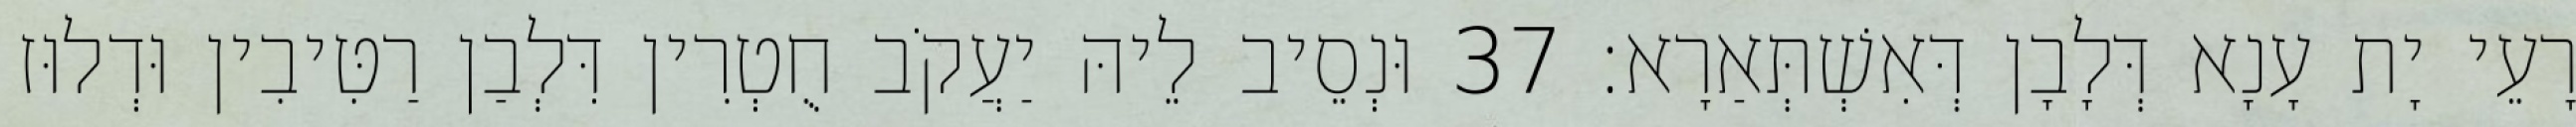
רָעֵי יָת עָנָא דְּלָבָן דְּאִשְׁתְּאַרָא׃ 37 וּנְסֵיב לֵיהּ יַעֲקֹב חֻטְרִין דִּלְבַן רַטִּיבִין וּדְלוּז